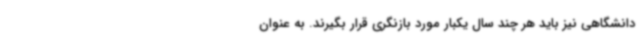
دانشگاهی نیز باید هر چند سال یکبار مورد بازنگری قرار بگیرند. به عنوان